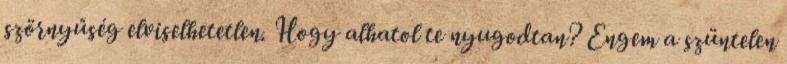
szörnyűség elviselhetetlen. Hogy alhatol te nyugodtan? Engem a szüntelen